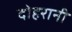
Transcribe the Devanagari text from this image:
दोहरानी